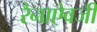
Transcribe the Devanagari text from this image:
रैनाऐवजी